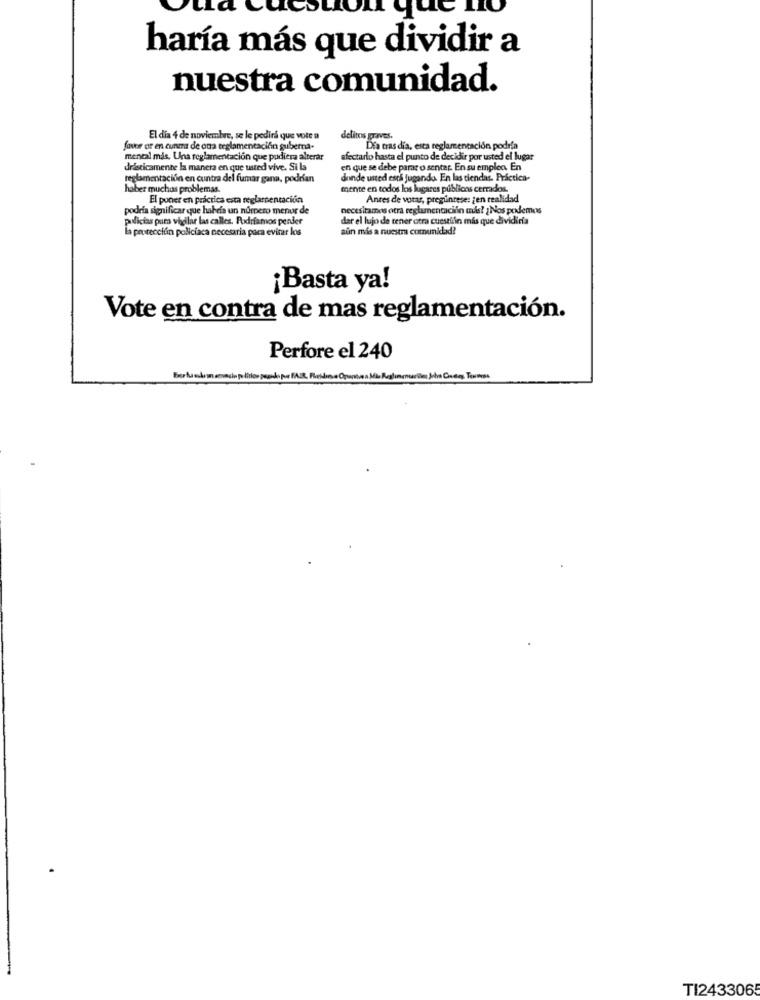
C
haría más que dividir a
nuestra comunidad.
El dia 4 de noviembre, se le pedirá que vote a
delitos graves.
favor or en cunma de ona reglamentación guberna-
Dia tras dia, esta reglamentación podría
mental mås. Una reglamentación que pudiera alterar
afectarlo hasta el punto de decidir por usted el lugar
drasticamente la manera en que usted vive. Si la
en que se debe parar o sentar. En su empleo. En
reglamentación en cuntra del fumar gana, podrían
donde usted esta jugando. En las tiendas. Práctica
haber muchas problemas.
mente en todos los lugares públicos cerrados.
El poner en práctica esta reglamentación
Anres de votar, preguntese: ¿ en realidad
podría significar que habeis un número menur de
necesitamos otra reglamentación más? ¿ Nos podemos
policias pum vhdilar las calles. Podríamos pender
dar el lujo de tener otra cuestilin más que dividiria
la protección policiaca necesaria para evitar los
aún más a nuestra comunidad?
¡Basta ya!
Vote en contra de mas reglamentación.
Perfore el 240
TI2433065